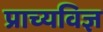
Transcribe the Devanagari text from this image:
प्राच्यविज्ञ